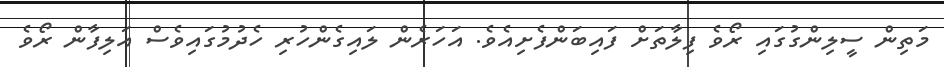
މަތިން ސީލިންގުގައި ރޯވެ ފިލާތަށް ފައިބަންފެށިއެވެ. އަހަރެން ލައިގެންހުރި ހެދުމުގައިވެސް އަލިފާން ރޯވެ